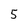
Character: 5